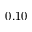
0 . 1 0